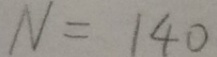
N = 1 4 0